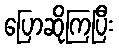
ပြောဆိုကြပြီး